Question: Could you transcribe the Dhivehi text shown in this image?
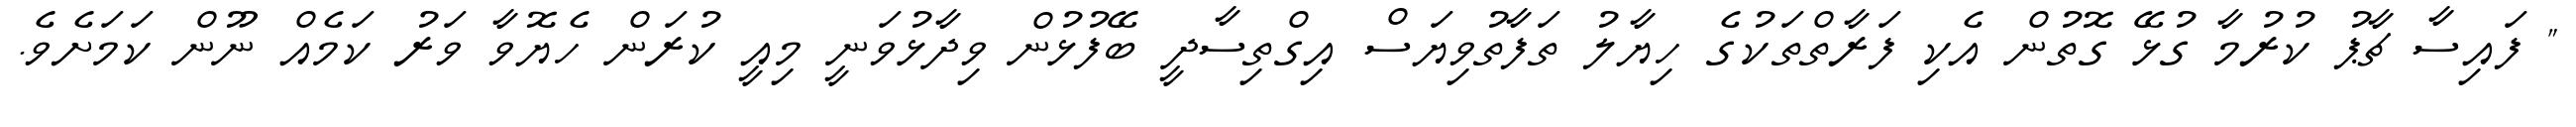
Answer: " ފައިސާ ޗާޕު ކުރުމާ ގުޅޭ ގޮތުން އެކި ފަރާތްތަކުގެ ހިޔާލު ތަފާތުވިޔަސް އިގްތިސާދީ ބޭފުޅުން ވިދާޅުވަނީ މިއީ ކުރަން ހެޔޮވާ ވަރު ކަމެއް ނޫން ކަމަށެވެ.